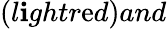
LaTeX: (l\mathbf{i}ghtr\mathrm{e}d)and